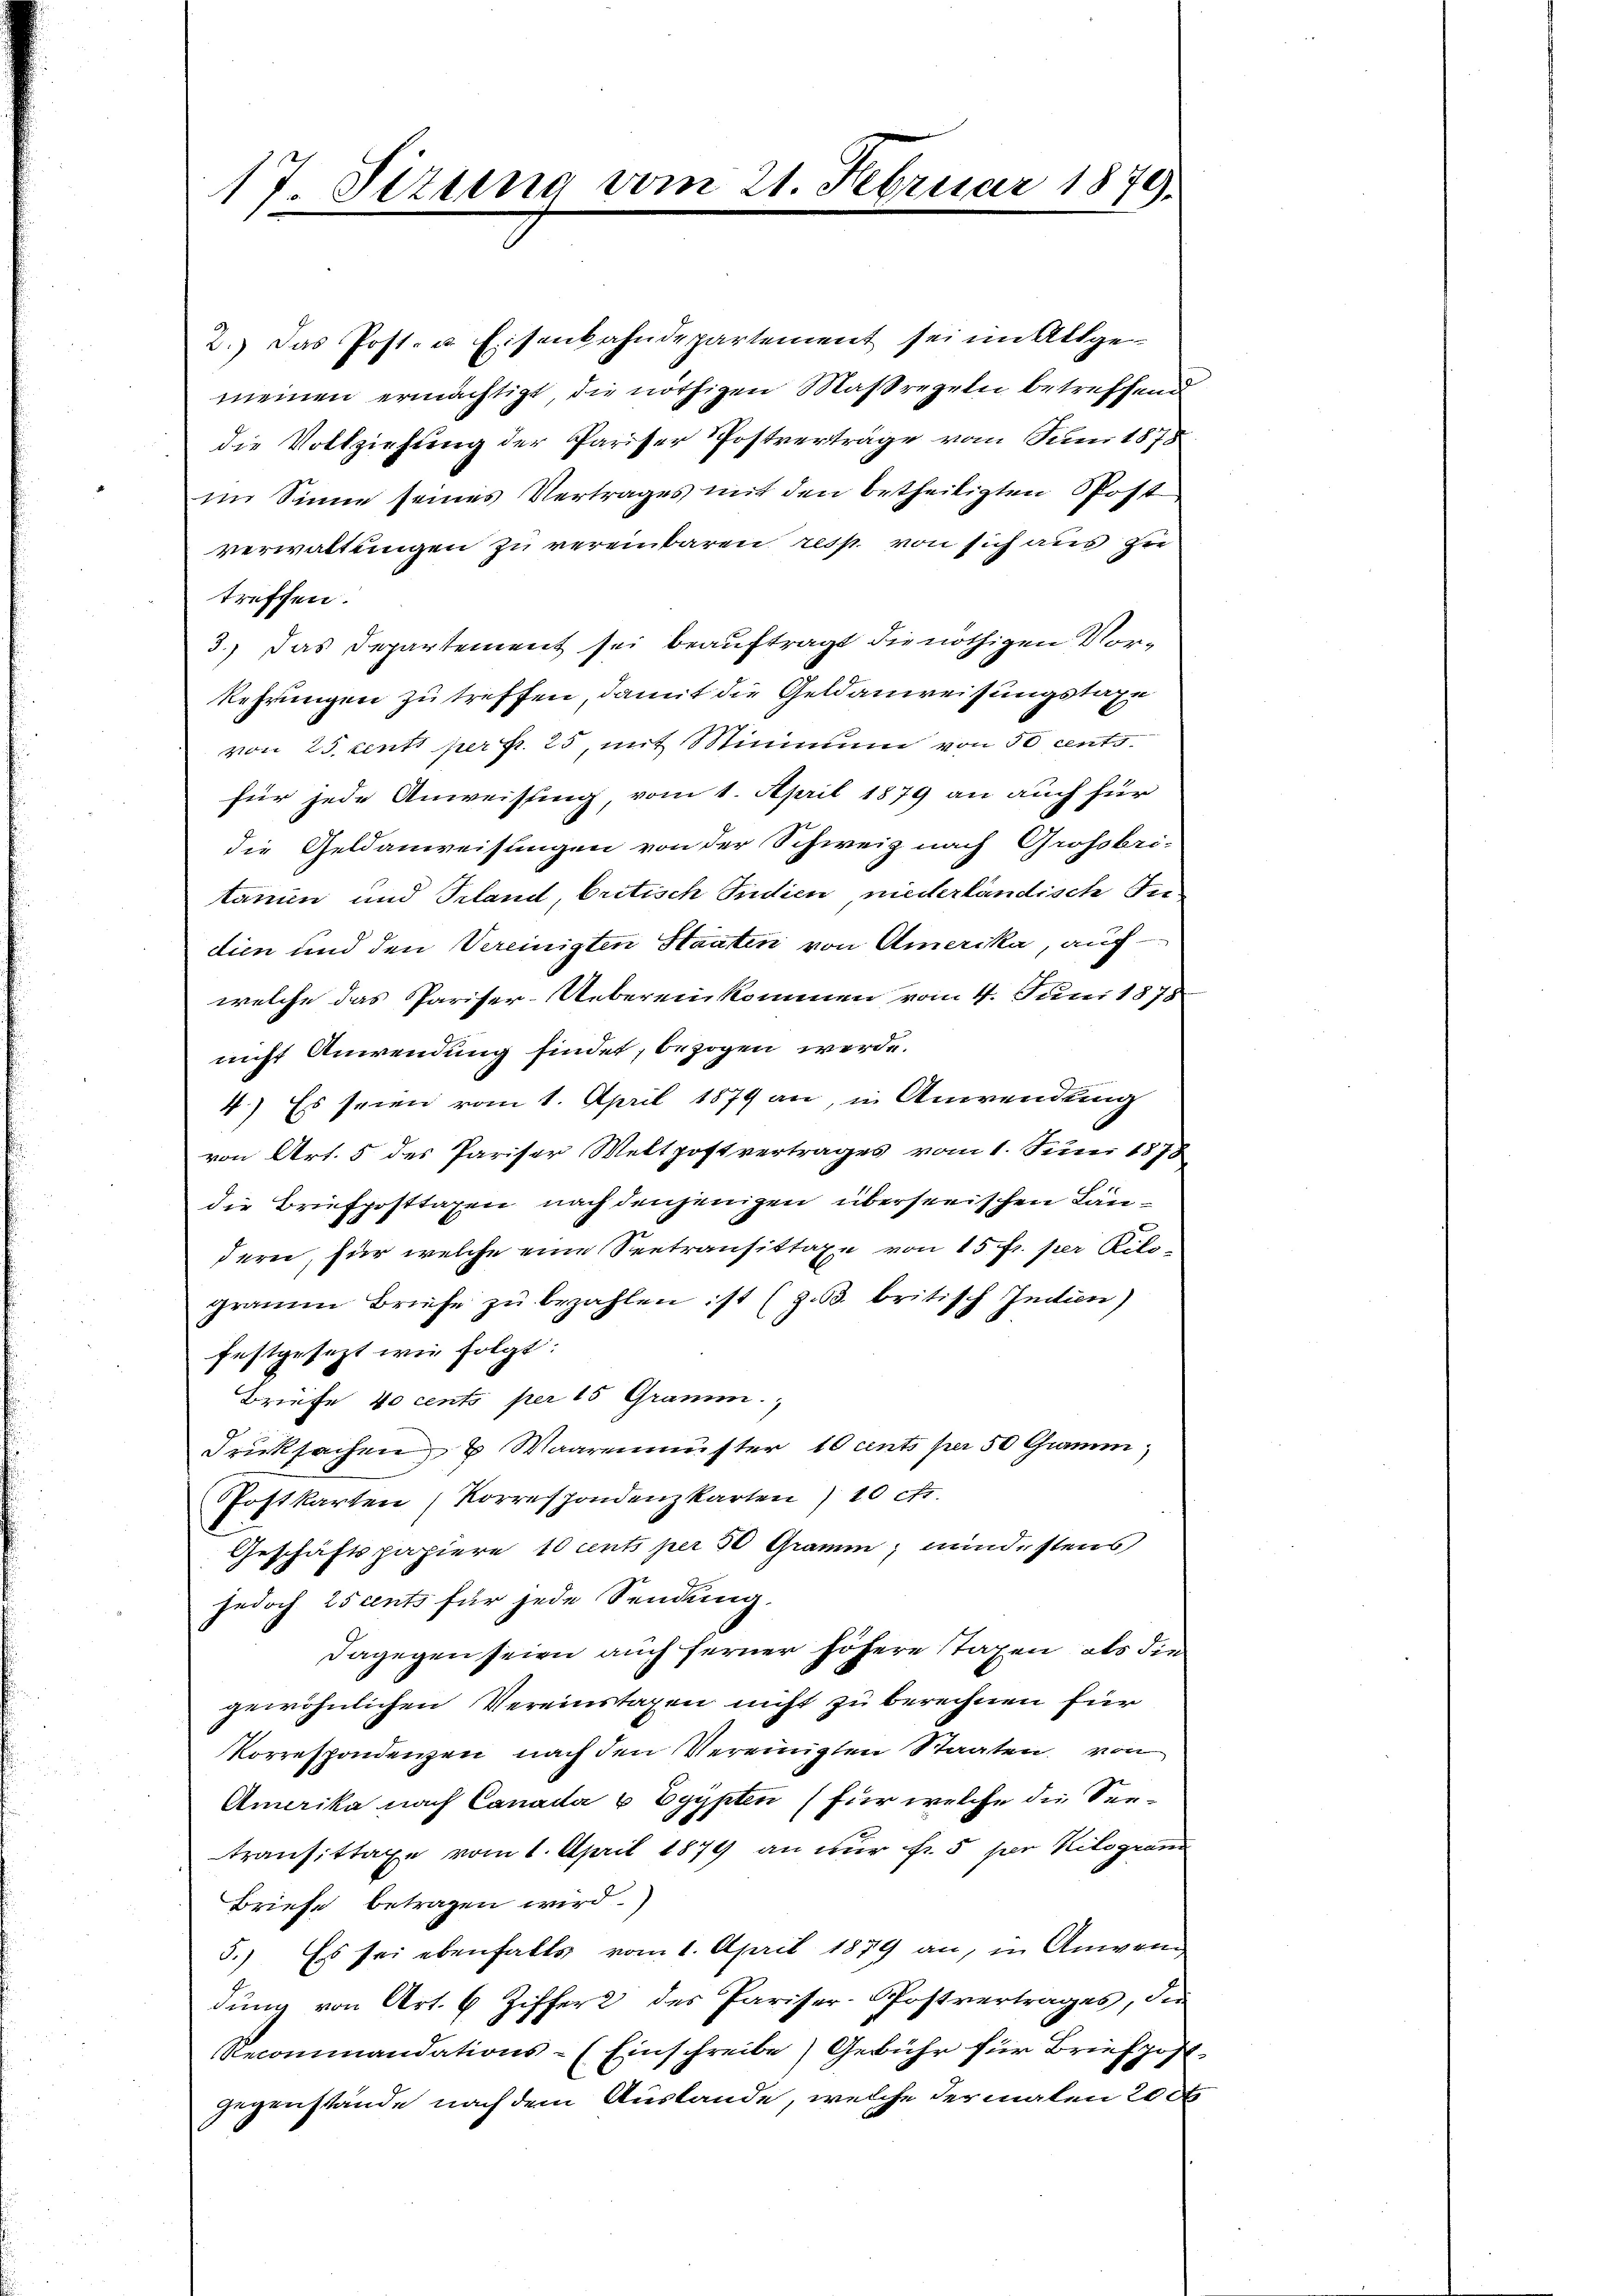
17 Sizung vom 21. Februar 1879.

2.) Das Post- u. Eisenbahndepartement sei im Allge-
meinen ermächtigt, die nöthigen Maßregeln betreffend
die Vollziehung der Pariser Postverträge vom Juni 1878
im Sinne seines Vertrages mit den betheiligten Post
verwaltungen zu vereinbaren resp. von sich aus zu
treffen.
3.) Das Departement sei beauftragt die nöthigen Vorkehrungen zu treffen, damit die Geldanweisungstaxe
von 25 centi per p. 25, mit Minimum von 50 cents
für jede Anweisung vom 1. April 1879 an auch für
die Geldanweisungen von der Schweiz nach Grossbri-
tanien und Scland, britisch Indien niederländisch See-
dien und den Vereinigten Staaten von Amerika, auch
welche das Pariser-Uebereinkommen vom 4. Juni 1878
nicht Anwendung findet, bezogen werde.
4.) Es seien vom 1. April 1879 an, in Anwendung
von Art. 5 des Pariser Mettpostvertrages vom 1. Juni 1878
die Briefposttaxen nach denjenigen überseeischen Ländern, für welche eine Seetransittaxe von 15 fr. per Kilogramm Briefe zŭ bezahlen ist (z.3. britisch Indien)
festgesezt wie folgt:
Briefe 40 cents per 15 Gramm.
drucksachen u Waarenmuster 10 cents per 50 Cramen,
Postkarten (Korrespondenzkarten) 10 c.
Geschäftspapiere 10 cents per 50 Gramm mindestens
jedoch is cents für jede Sendung.
dagegen seien auch ferner höhere taxen, als die
gewöhnlichen Vereinstagen nicht zu berechnen für
Korrespondenzen nach den Vereinigten Staaten, von
Amerika nach Canada 6 Egypten (für welche die Seetransittage vom 1. April 1879 an nur fr. 5 per Kilogrand
Briefe betragen wird.
5.) Es sei ebenfalls vom 1. April 1879 an, in Anwen
dung von Art. 6 Ziffer des Pariser-Postvertrages, der
Recommandations-Einschreibe Gebühr für Briefpost
Gegenstände nach dem Auslande, welche der malen 200